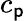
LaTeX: c_{\mathsf{p}}